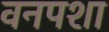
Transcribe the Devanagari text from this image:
वनपशा